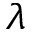
\lambda